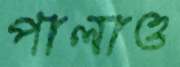
পালাও